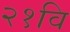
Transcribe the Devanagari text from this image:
२१वि